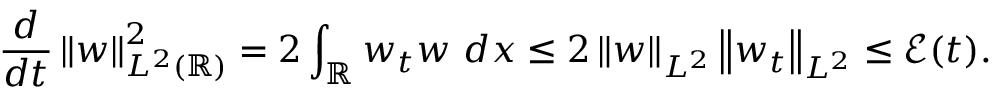
\frac { d } { d t } \left\| w \right\| _ { L ^ { 2 } ( \mathbb R ) } ^ { 2 } = 2 \int _ { \mathbb R } w _ { t } w \ d x \leq 2 \left\| w \right\| _ { L ^ { 2 } } \left\| w _ { t } \right\| _ { L ^ { 2 } } \leq \mathcal { E } ( t ) .